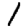
Digit: 1